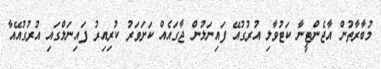
މުބާރާތުން އާޖެންޓީނާ ކަޓުވާލި އުރުގުއޭ ފައިނަލުން ޖާގައެއް ކަށަވަރު ކުރިއިރު ފައިނަލްގައި އުރުގުއޭއާ